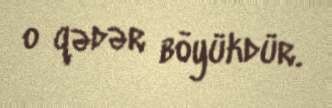
o qədər böyükdür.